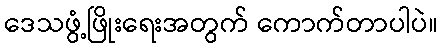
ဒေသဖွံ့ဖြိုးရေးအတွက် ကောက်တာပါပဲ။